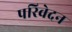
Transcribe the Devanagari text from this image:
परिवेदन